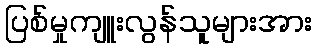
ပြစ်မှုကျူးလွန်သူများအား